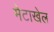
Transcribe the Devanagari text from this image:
मेटाखेल